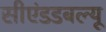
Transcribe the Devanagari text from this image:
सीएंडडबल्यू